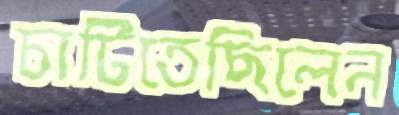
চাটিতেছিলেন